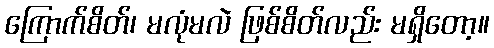
ကြောက်စိတ်၊ မလုံမလဲ ဖြစ်စိတ်လည်း မရှိတော့။